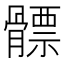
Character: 𩪊